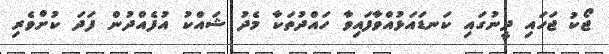
ޖޯކު ޖަހައި ދީނުގައި ކަނޑައަޅުއްވާފައިވާ ހައްދުތަކާ މެދު ޝައްކު އުފެއްދުން ފަދަ ކުށްވެރި